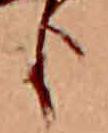
臣